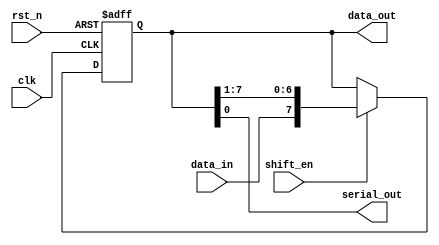
//8-bit Shift register with shift_enable

module shift_reg
#(
  parameter WIDTH=8
)
(
 input                  clk,
 input                  rst_n,
 input                  data_in,
 input                  shift_en,
 
 output reg [WIDTH-1:0] data_out,
 output                 serial_out      
 );

      
   always@(posedge clk or negedge rst_n)
     begin
        if(!rst_n)
          data_out <= {WIDTH{1'b0}};
        else if(shift_en)
          data_out <= {data_in,data_out[WIDTH-1:1]};
     end
   
   assign serial_out = data_out[0];
   
endmodule // shift_reg